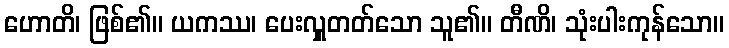
ဟောတိ၊ ဖြစ်၏။ ယကဿ၊ ပေးလှူတတ်သော သူ၏။ တီဏိ၊ သုံးပါးကုန်သော။